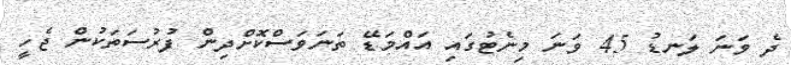
ދެ ވަނަ ލަނޑު 45 ވަނަ މިނެޓުގައި އައްމަޑޭ ތަނަވަސްކޮށްދިން ފުރުސަތަކުން ޖެހީ